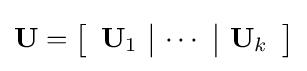
\mathbf {U} =\left[{\begin{array}{c|c|c}\mathbf {U} _{1}&\cdots &\mathbf {U} _{k}\end{array}}\right]